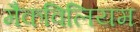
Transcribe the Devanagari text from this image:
मैकविलियम